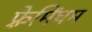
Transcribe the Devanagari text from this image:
फ़्रेमिंघम